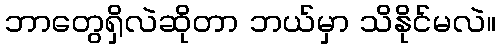
ဘာတွေရှိလဲဆိုတာ ဘယ်မှာ သိနိုင်မလဲ။